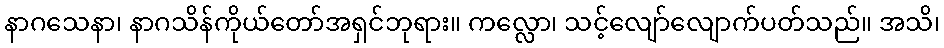
နာဂသေနာ၊ နာဂသိန်ကိုယ်တော်အရှင်ဘုရား။ ကလ္လော၊ သင့်လျော်လျောက်ပတ်သည်။ အသိ၊